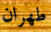
طهران